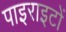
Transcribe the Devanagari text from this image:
पाइराइटों